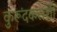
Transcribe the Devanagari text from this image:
कुरूंदकरांशी